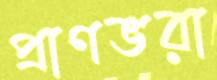
প্রাণভরা